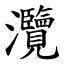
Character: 灠